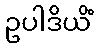
ဥပါဒိယိံ